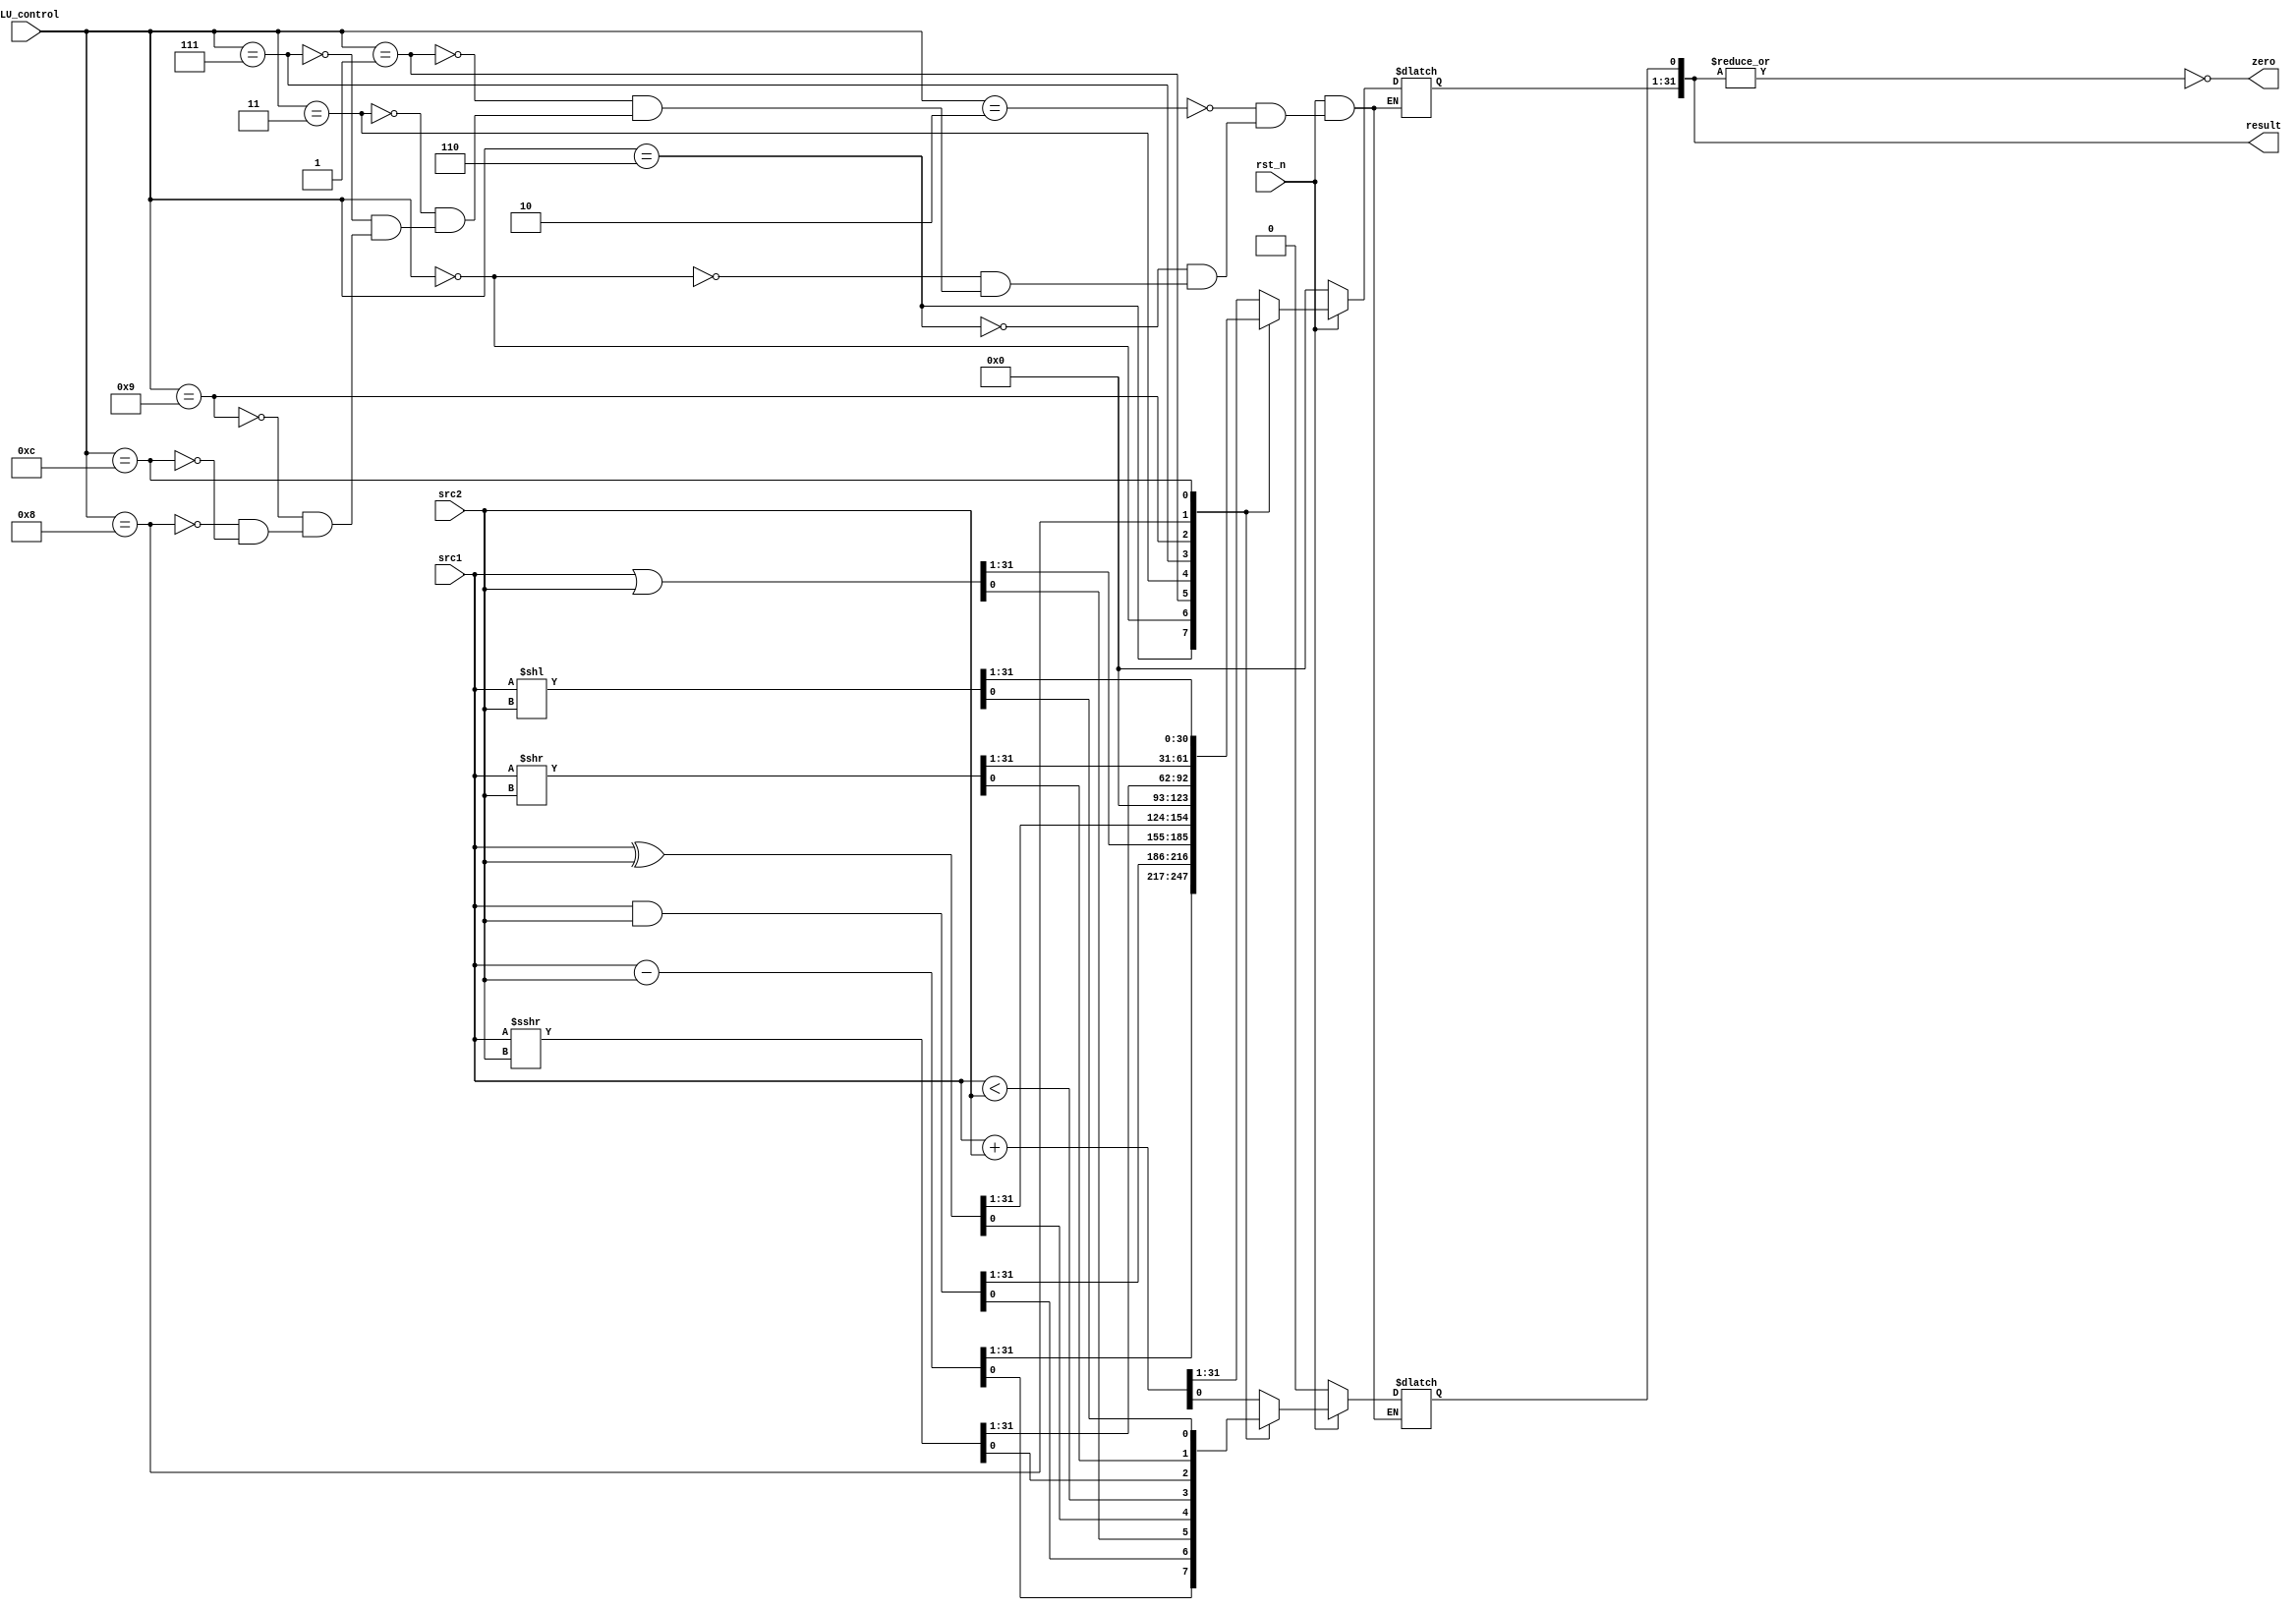
`timescale 1ns/1ps

module alu(
    input                   rst_n,         // negative reset            (input)
    input        [32-1:0]   src1,          // 32 bits source 1          (input)
    input        [32-1:0]   src2,          // 32 bits source 2          (input)
    input        [ 4-1:0]   ALU_control,   // 4 bits ALU control input  (input)
    output reg   [32-1:0]   result,        // 32 bits result            (output)
    output               zero           // 1 bit when the output is 0, zero must be set (output)
);

reg [32-1:0] a,b;
assign zero = ~(|result);

always@(*) begin

    a <= src1;
    b <= src2;

	if(~rst_n)begin 
		result <= 0;
	end
	else begin
		case(ALU_control)
			4'b0010: // add,addi
                result <= a + b;
            4'b0110: // sub
                result <= a - b;
            4'b0000: // and
                result <= a & b;
            4'b0001: // or
                result <= a | b;
            4'b0011: // xor
                result <= a ^ b;
            4'b0111: // slt or slti
                begin
                    result[0] <= (a < b);
                    result[31:1] <= 0;
                end
            
            4'b1001://sra
				result <= a >>> b; 
            4'b1000://srli
				result <= a >> b; 

            4'b1100:// sll,slli
				result <= a << b; 
                
		endcase
        
	end
end



endmodule